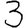
Digit: 3